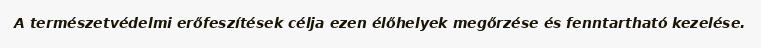
A természetvédelmi erőfeszítések célja ezen élőhelyek megőrzése és fenntartható kezelése.